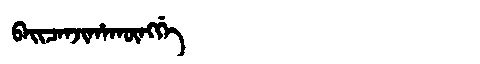
Manchu: ᠪᠠᡳᠴᠠᠨᠵᡳᡥᠠᡴᡡᠩᡤᡝ
Romanization: BAICANJIHAKŪNGGE